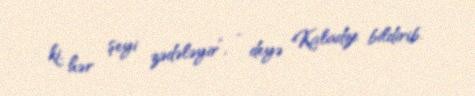
ki, hər şeyi zədələyir”, - deyə Kaladze bildirib.